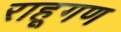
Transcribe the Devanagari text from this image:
राहूगण